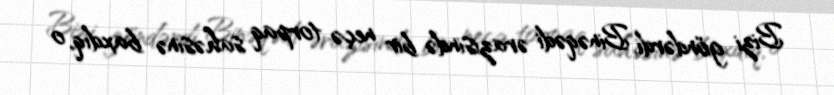
Bizi göndərdi, Binəqədi ərazisində bir neçə torpaq sahəsinə baxdıq, o